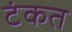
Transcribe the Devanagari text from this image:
टंकत